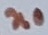
Text: n0